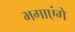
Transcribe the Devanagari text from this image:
भगाएंगे